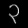
Digit: ၃